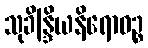
သုခိန္ဒြိယနိရောဓဉ္စ